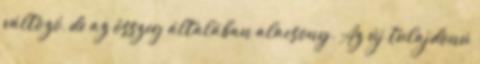
változó, de az összeg általában alacsony. Az új tulajdonú